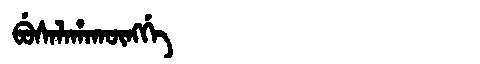
Manchu: ᠪᡠᠰᠠᠯᠠᡥᠠᡴᡡᠩᡤᡝ
Romanization: BUSALAHAKŪNGGE